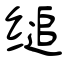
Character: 缒